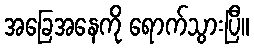
အခြေအနေကို ရောက်သွားပြီ။